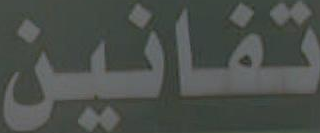
تفانين